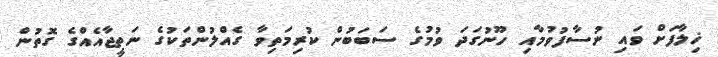
ޚިލާފަށް ވައި ނުސާފުވުމާއި ހޫނުގަދަ ވުމުގެ ސަބަބުން ކުރިމަތިވާ ގެއްލުންތަކުގެ ނަތީޖާއެއްގެ ގޮތުން